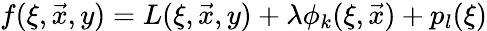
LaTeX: f(\xi,\vec{x},y)=L(\xi,\vec{x},y)+\lambda\phi_{k}(\xi,\vec{x})+p_{l}(\xi)